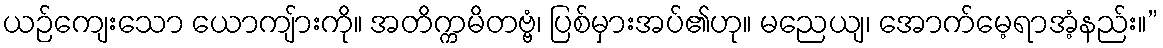
ယဉ်ကျေးသော ယောကျ်ားကို။ အတိက္ကမိတဗ္ဗံ၊ ပြစ်မှားအပ်၏ဟု။ မညေယျ၊ အောက်မေ့ရာအံ့နည်း။”